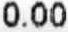
0.00